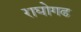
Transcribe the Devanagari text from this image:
राघोगढ